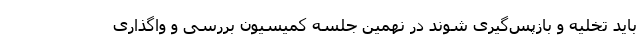
باید تخلیه و بازپس‌گیری شوند در نهمین جلسه کمیسیون بررسی و واگذاری